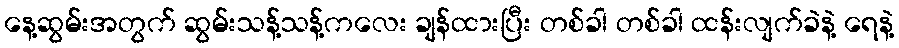
နေ့ဆွမ်းအတွက် ဆွမ်းသန့်သန့်ကလေး ချန်ထားပြီး တစ်ခါ တစ်ခါ ထန်းလျက်ခဲနဲ့ ရေနဲ့